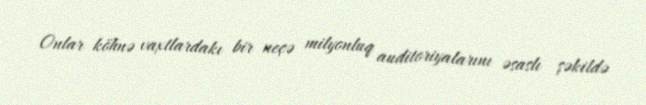
Onlar köhnə vaxtlardakı bir neçə milyonluq auditoriyalarını əsaslı şəkildə